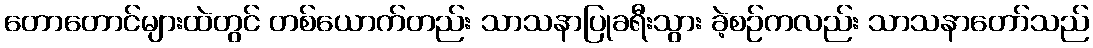
တောတောင်များထဲတွင် တစ်ယောက်တည်း သာသနာပြုခရီးသွား ခဲ့စဉ်ကလည်း သာသနာတော်သည်